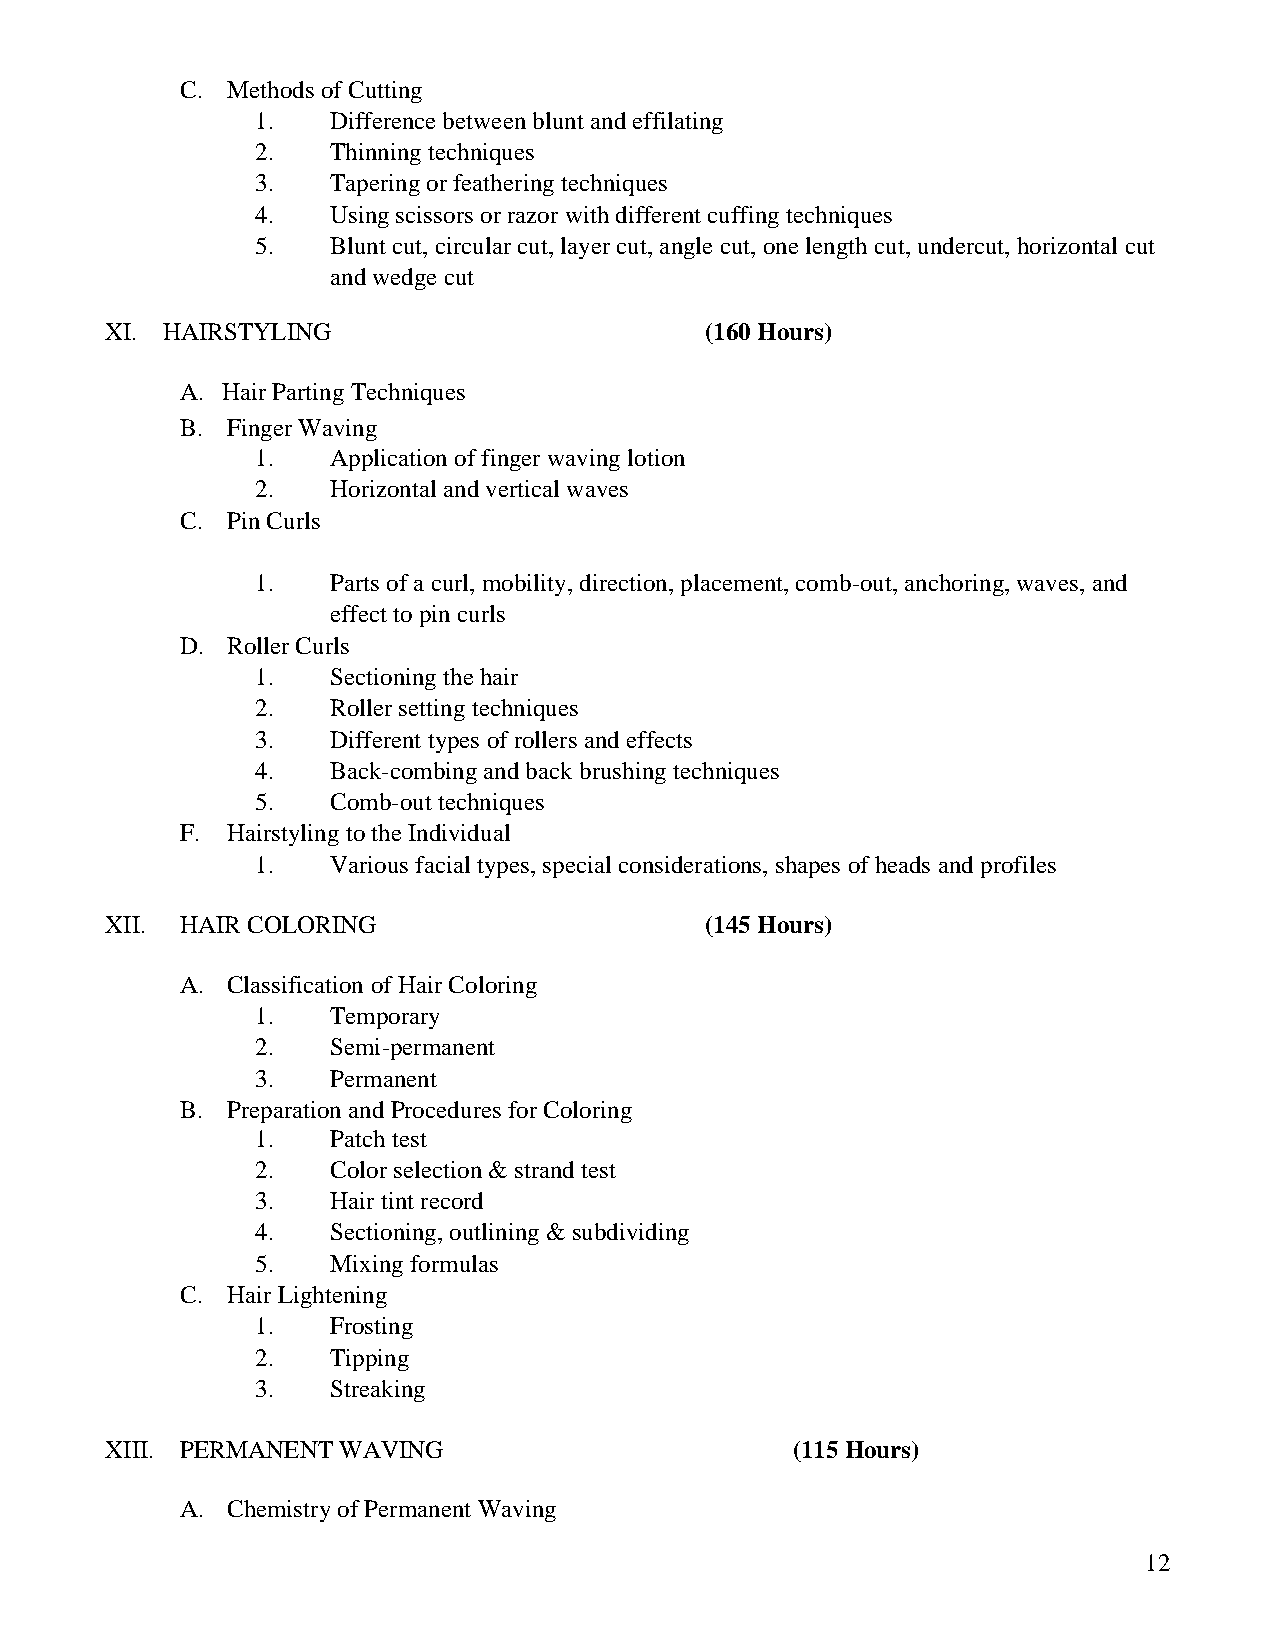
C. Methods of Cutting
 1.   Difference between blunt and effilating
 2.   Thinning techniques
 3.   Tapering or feathering techniques
 4.   Using scissors or razor with different cuffing techniques
 5.   Blunt cut, circular cut, layer cut, angle cut, one length cut, undercut, horizontal cut
 and wedge cut
 XI. HAIRSTYLING                         (160 Hours)
 A. Hair Parting Techniques
 B. Finger Waving
 1.   Application of finger waving lotion
 2.   Horizontal and vertical waves
 C. Pin Curls
 1.   Parts of a curl, mobility, direction, placement, comb-out, anchoring, waves, and
 effect to pin curls
 D. Roller Curls
 1.   Sectioning the hair
 2.   Roller setting techniques
 3.   Different types of rollers and effects
 4.   Back-combing and back brushing techniques
 5.   Comb-out techniques
 F. Hairstyling to the Individual
 1.   Various facial types, special considerations, shapes of heads and profiles
 XII. HAIR COLORING                      (145 Hours)
 A. Classification of Hair Coloring
 1.   Temporary
 2.   Semi-permanent
 3.   Permanent
 B. Preparation and Procedures for Coloring
 1.   Patch test
 2.   Color selection & strand test
 3.   Hair tint record
 4.   Sectioning, outlining & subdividing
 5.   Mixing formulas
 C. Hair Lightening
 1.   Frosting
 2.   Tipping
 3.   Streaking
 XIII. PERMANENT WAVING                       (115 Hours)
 A. Chemistry of Permanent Waving
 12